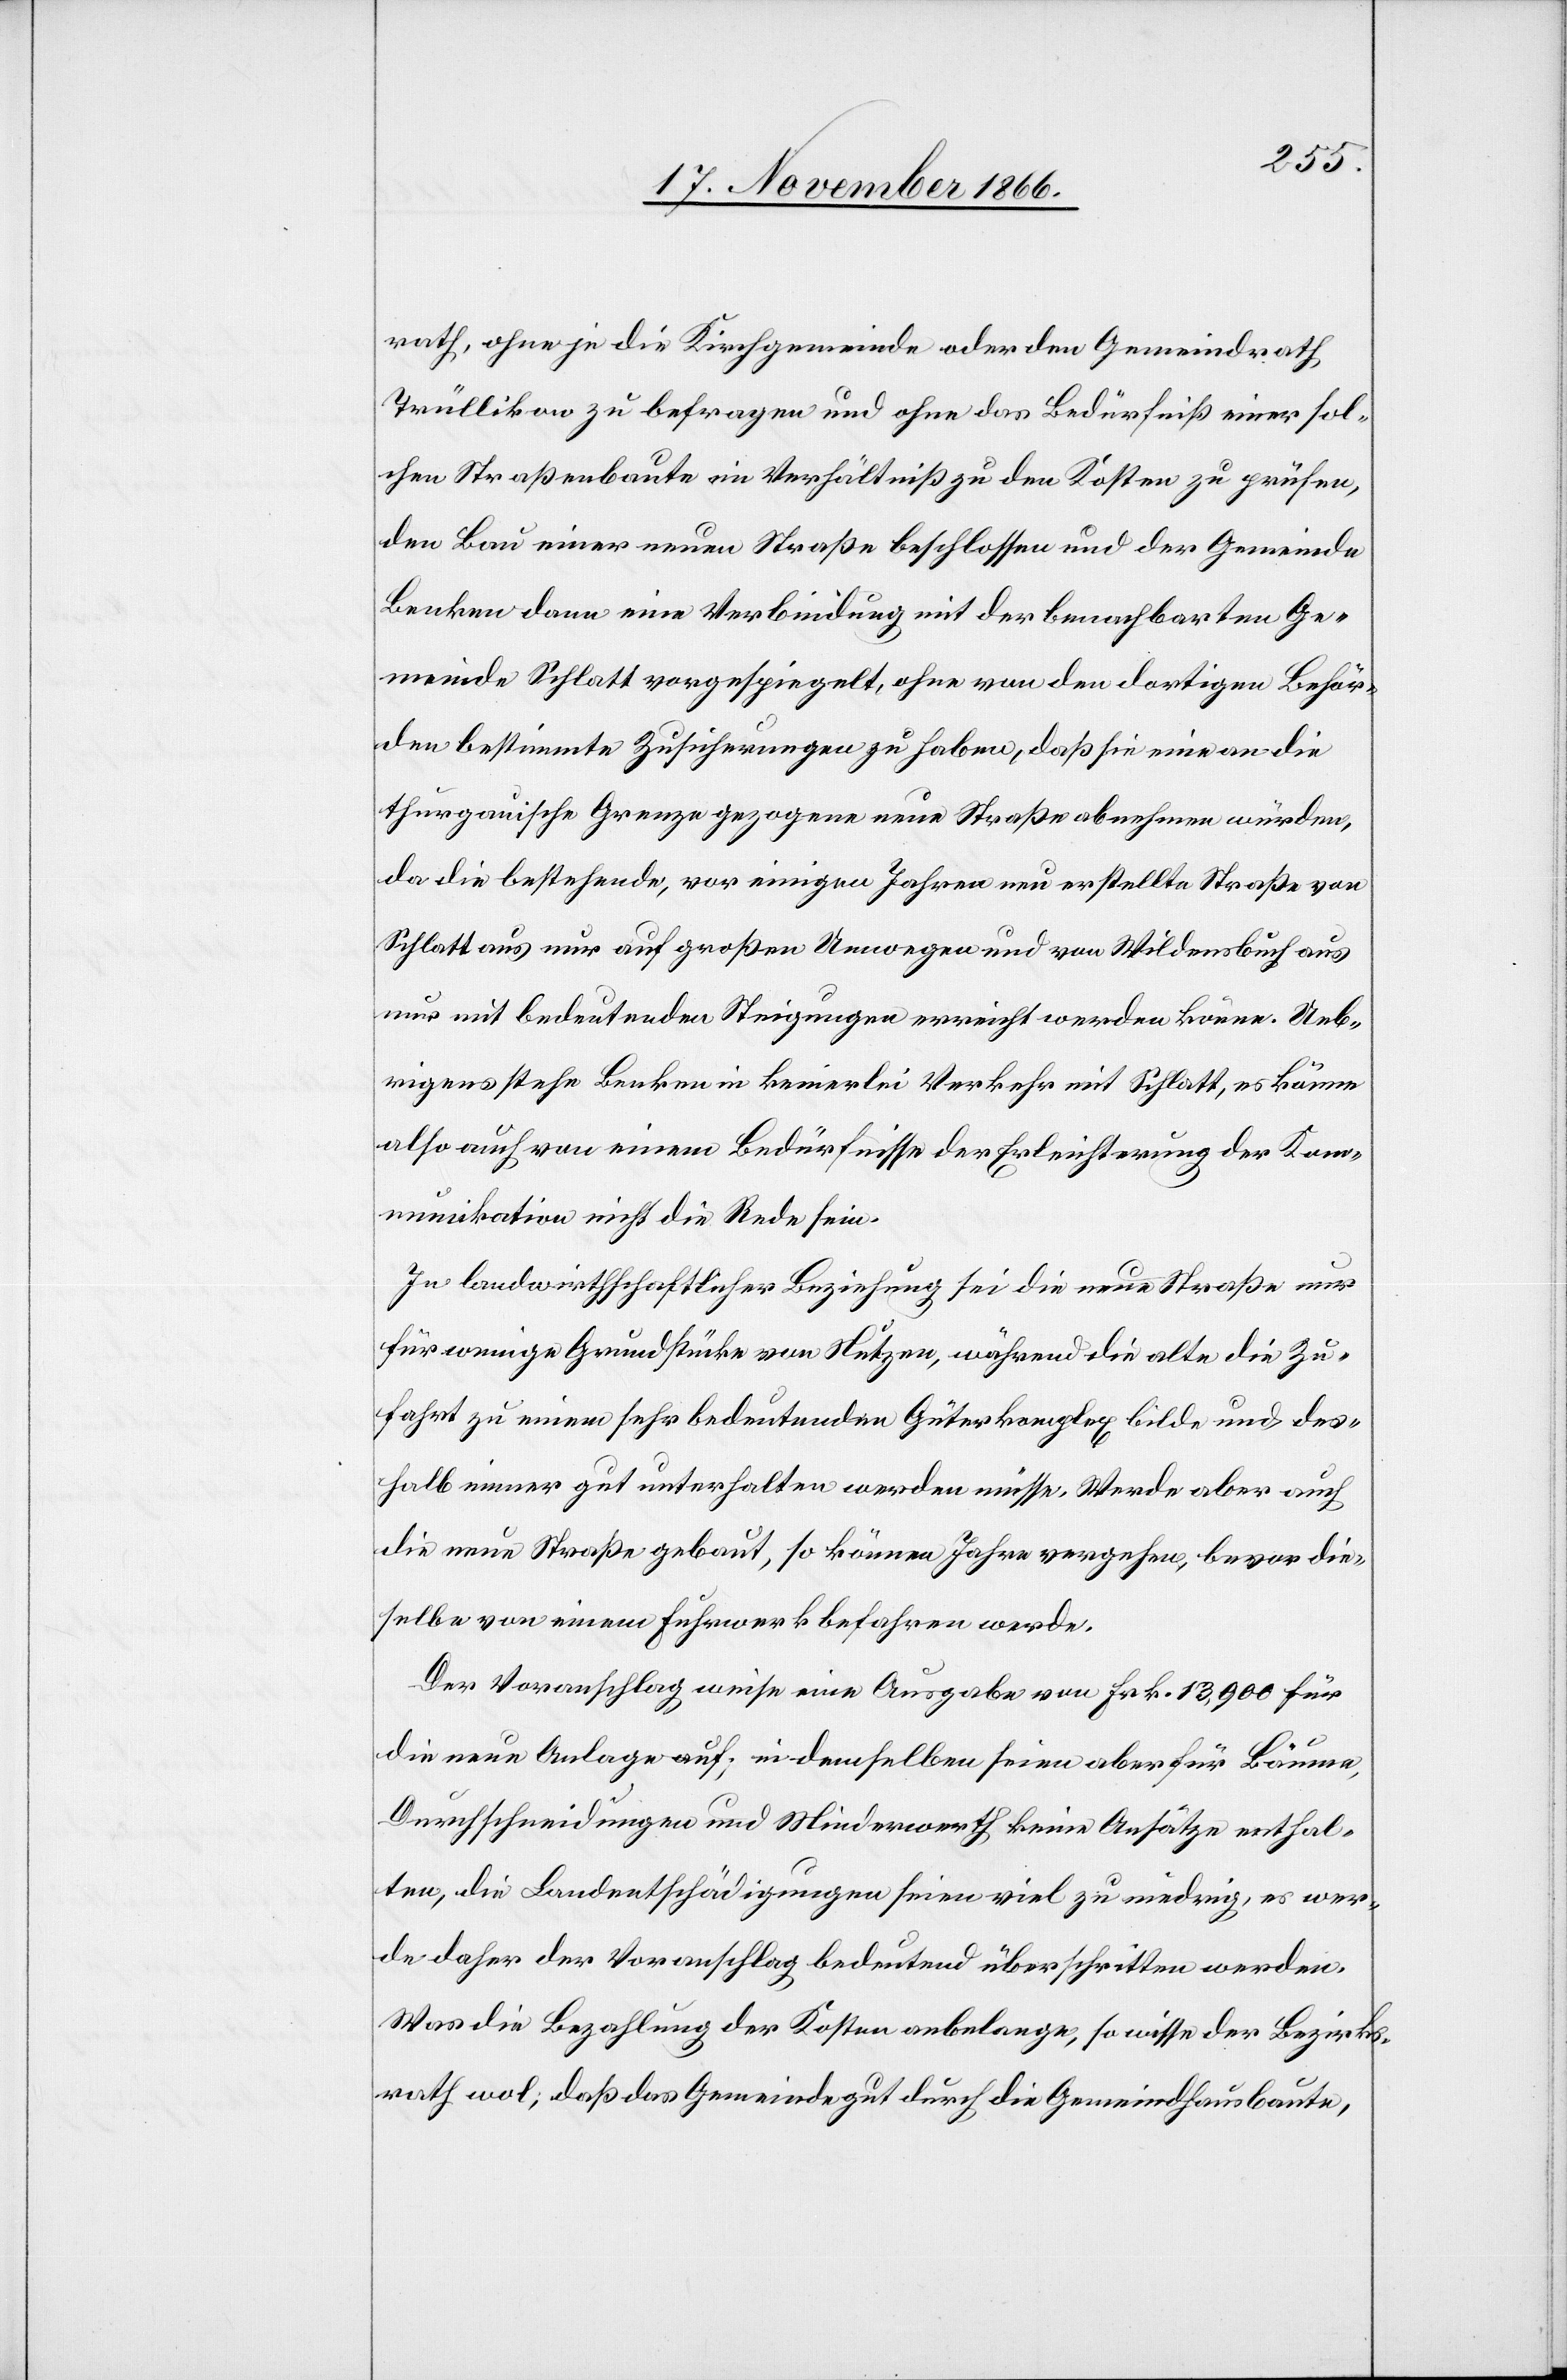
rath, ohne je die Kirchgemeinde oder den Gemeindrath
Trüllikon zu befragen und ohne das Bedürfniß einer sol¬
chen Straßenbaute im Verhältniß zu den Kosten zu prüfen,
den Bau einer neuen Straße beschlossen und der Gemeinde
Benken dann eine Verbindung mit der benachbarten Ge¬
meinde Schlatt vorgespiegelt, ohne von den dortigen Behör¬
den bestimmte Zusicherungen zu haben, daß sie eine an die
thurgauische Grenze gezogene neue Straße abnehmen würden,
da die bestehende, vor einigen Jahren neu erstellte Straße von
Schlatt aus nur auf großen Umwegen und von Wildensbuch aus
nur mit bedeutenden Steigungen erreicht werden könne. Ueb¬
rigens stehe Benken in keinerlei Verkehr mit Schlatt, es könne
also auch von einem Bedürfnisse der Erleichterung der Komm¬
unikation nicht die Rede sein.
In landwirthschaftlicher Beziehung sei die neue Straße nur
für wenige Grundstücke von Nutzen, während die alte die Zu¬
fahrt zu einem sehr bedeutenden Güterkomplex bilde und des¬
halb immer gut unterhalten werden müsse. Werde aber auch
die neue Straße gebaut, so können Jahre vergehen, bevor die¬
selbe von einem Fuhrwerk befahren werde.
Der Voranschlag weise eine Ausgabe von Frk. 13 900 für
die neue Anlage auf; in demselben seien aber für Bäume,
Durchschneidungen und Minderwerth keine Ansätze enthal¬
ten, die Landentschädigungen seien viel zu niedrig, es wer¬
de daher der Voranschlag bedeutend überschritten werden.
Was die Bezahlung der Kosten anbelange, so wisse der Bezirks¬
rath wol, daß das Gemeindegut durch die Gemeindhausbaute,